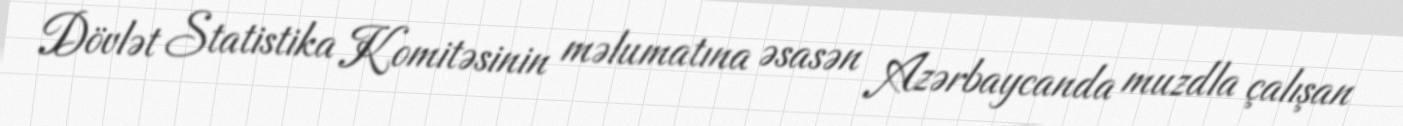
Dövlət Statistika Komitəsinin məlumatına əsasən Azərbaycanda muzdla çalışan